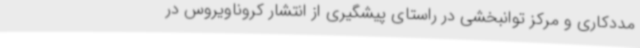
مددکاری و مرکز توانبخشی در راستای پیشگیری از انتشار کروناویروس در